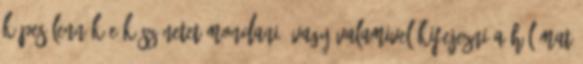
képes lennék-e köszönetet mondani. vagy valamivel kifejezni a hálámat